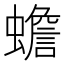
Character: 蟾